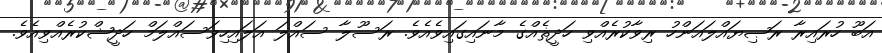
އަބޫ ހުރައިރާ ރަޞިޔައްލައަންހު ރިވާކުރެއްވި ހަދީޘެއްގެ މާނައިގައިވެއެވެ. ރަސޫލާ ސައްލަ އަލައިހިވަސައްލަމް ހަދީޝްކުރެއްވިއެވެ.